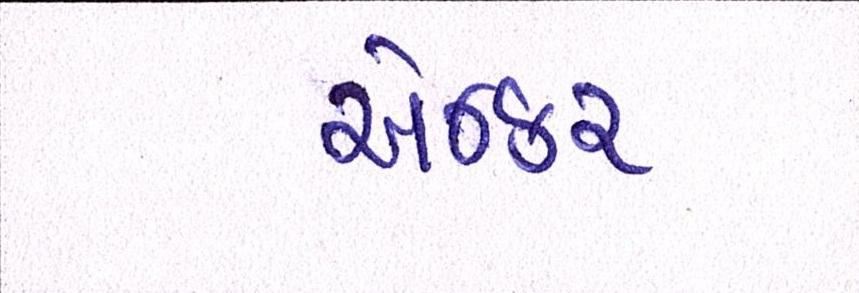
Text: એન્કર